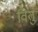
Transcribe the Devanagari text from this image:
वितु